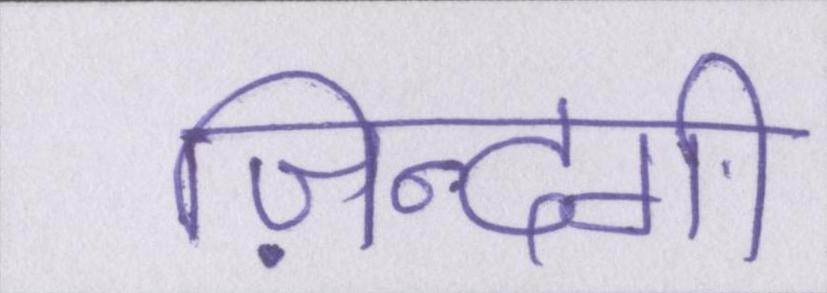
ज़िन्दगी